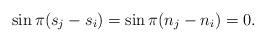
LaTeX: \begin{align*}\sin \pi (s_j-s_i)=\sin\pi (n_j-n_i)=0 .\end{align*}